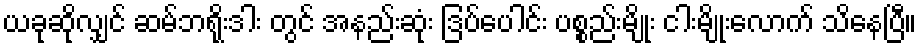
ယခုဆိုလျှင် ဆမ်ဘရိုးဒါး တွင် အနည်းဆုံး ဒြပ်ပေါင်း ပစ္စည်းမျိုး ငါးမျိုးလောက် သိနေပြီ။